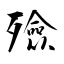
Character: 殮